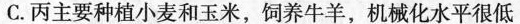
C.丙主要种植小麦和玉米，饲养牛羊，机械化水平很低